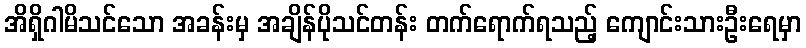
အိရှိဂါမိသင်သော အခန်းမှ အချိန်ပိုသင်တန်း တက်ရောက်ရသည့် ကျောင်းသားဦးရေမှာ